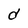
Character: d